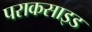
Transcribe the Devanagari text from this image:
पराकसाइड